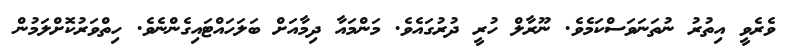
ވެރެވީ އިތުރު ނުތަނަވަސްކަމެވެ. ނޫރާލް ހުރީ ދުރުގައެވެ. މަންމައާ ދިމާއަށް ބަލަހައްޓައިގެންނެވެ. ހިތްވަރުކޮށްލަމުން